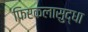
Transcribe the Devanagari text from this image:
फिरकलासुद्धा